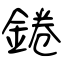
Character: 錈